65_HS1-834228961_62-HQ-83894_Section_6
Agency: FBI
Page 223
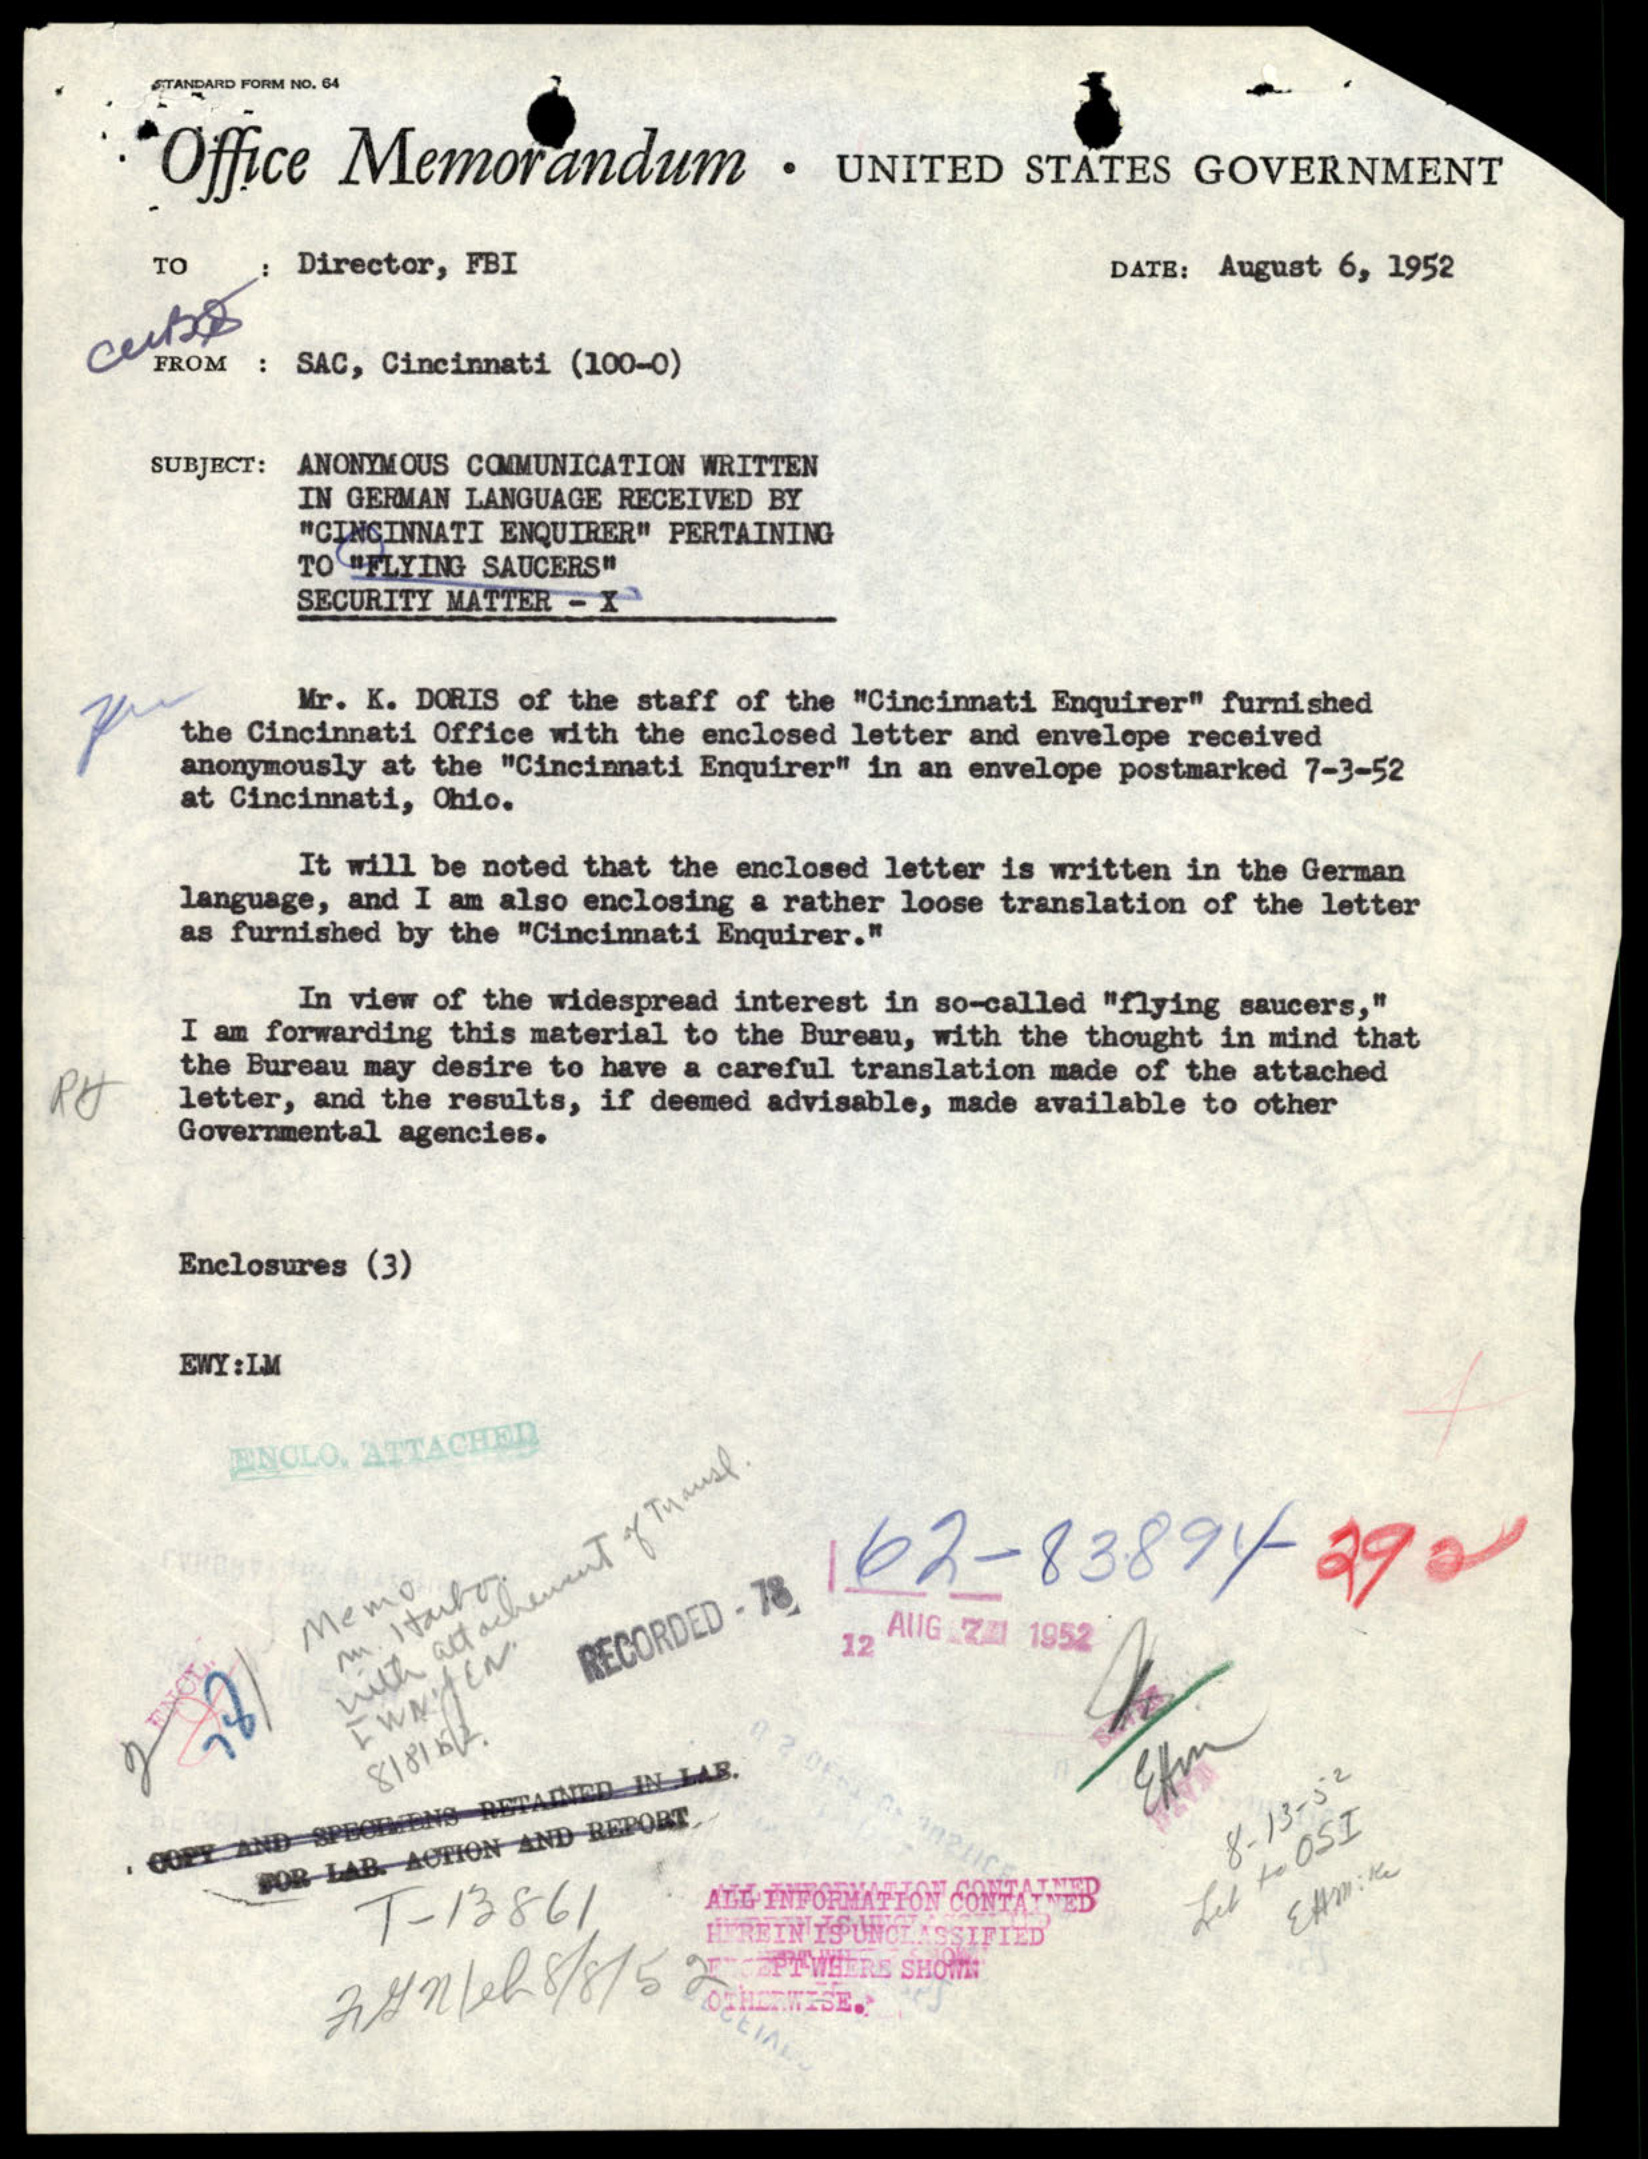